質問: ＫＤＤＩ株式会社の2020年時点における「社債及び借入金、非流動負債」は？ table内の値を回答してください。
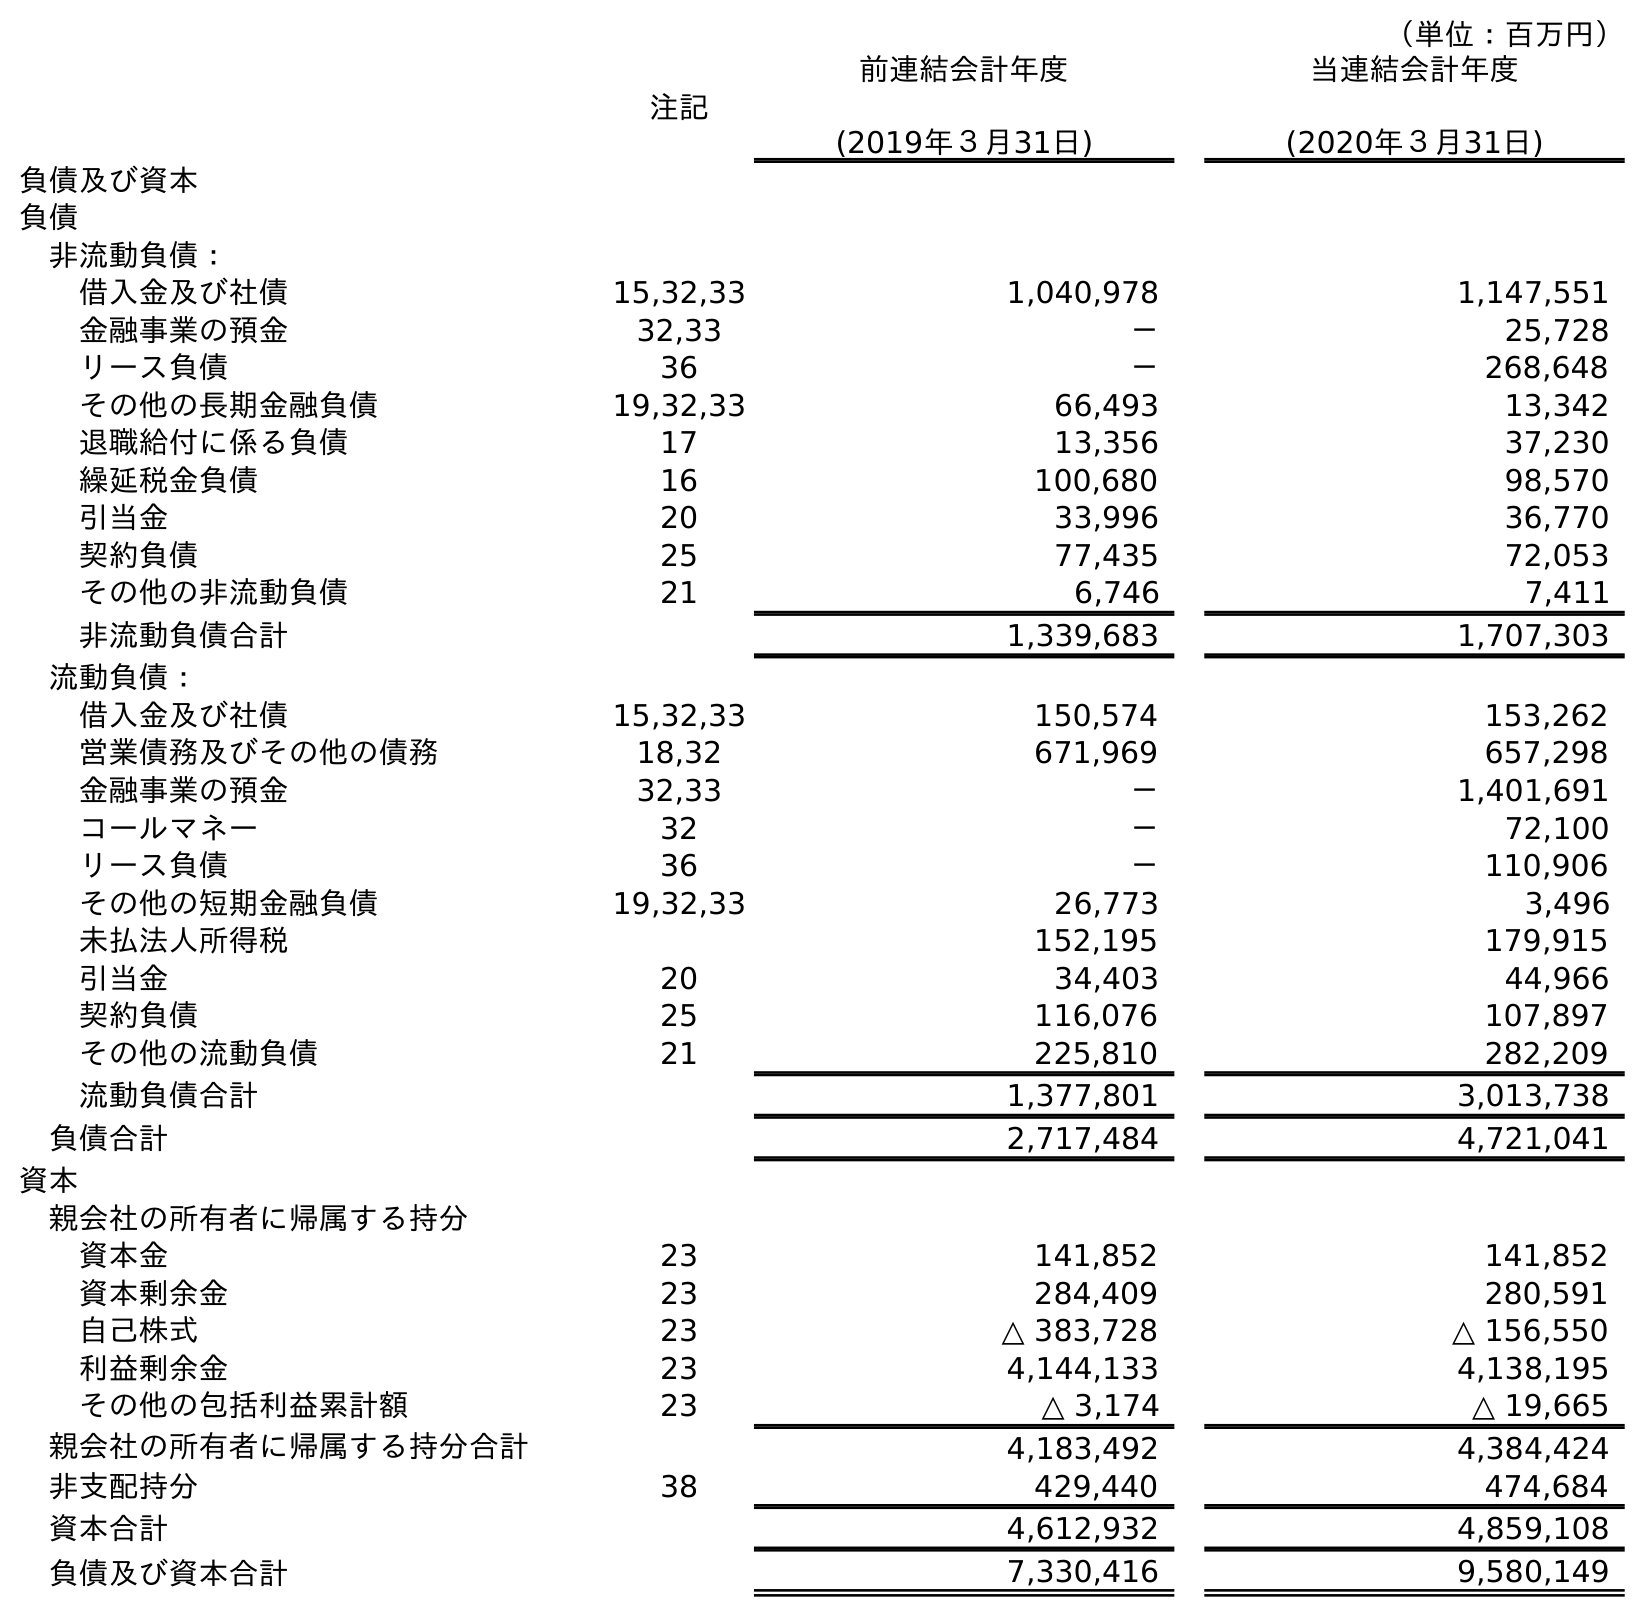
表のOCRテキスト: （単位：百万円） 注記 前連結会計年度 (2019年３月31日) 当連結会計年度 (2020年３月31日) 負債及び資本 負債 非流動負債： 借入金及び社債 15,32,33 1,040,978 1,147,551 金融事業の預金 32,33 － 25,728 リース負債 36 － 268,648 その他の長期金融負債 19,32,33 66,493 13,342 退職給付に係る負債 17 13,356 37,230 繰延税金負債 16 100,680 98,570 引当金 20 33,996 36,770 契約負債 25 77,435 72,053 その他の非流動負債 21 6,746 7,411 非流動負債合計 1,339,683 1,707,303 流動負債： 借入金及び社債 15,32,33 150,574 153,262 営業債務及びその他の債務 18,32 671,969 657,298 金融事業の預金 32,33 － 1,401,691 コールマネー 32 － 72,100 リース負債 36 － 110,906 その他の短期金融負債 19,32,33 26,773 3,496 未払法人所得税 152,195 179,915 引当金 20 34,403 44,966 契約負債 25 116,076 107,897 その他の流動負債 21 225,810 282,209 流動負債合計 1,377,801 3,013,738 負債合計 2,717,484 4,721,041 資本 親会社の所有者に帰属する持分 資本金 23 141,852 141,852 資本剰余金 23 284,409 280,591 自己株式 23 △ 383,728 △ 156,550 利益剰余金 23 4,144,133 4,138,195 その他の包括利益累計額 23 △ 3,174 △ 19,665 親会社の所有者に帰属する持分合計 4,183,492 4,384,424 非支配持分 38 429,440 474,684 資本合計 4,612,932 4,859,108 負債及び資本合計 7,330,416 9,580,149
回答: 1,147,551